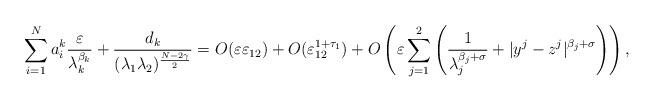
LaTeX: \begin{align*}\displaystyle\sum_{i = 1}^N a_i^k \frac{\varepsilon}{\lambda_k^{\beta_k}} + \frac{d_k}{(\lambda_1\lambda_2)^{\frac{N - 2\gamma}{2}}} = O(\varepsilon\varepsilon_{12}) + O(\varepsilon_{12}^{1 + \tau_1}) + O\left(\varepsilon\displaystyle\sum_{j = 1}^2\left(\frac{1}{\lambda_j^{\beta_j + \sigma}} + |y^j - z^j|^{\beta_j + \sigma}\right)\right),\end{align*}